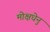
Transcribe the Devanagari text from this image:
मोक्षधेनु